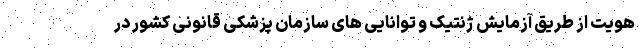
هويت از طريق آزمايش ژنتيک و توانايی های سازمان پزشكی قانونی كشور در